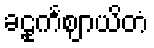
ခဠုင်္ကဈာယိတံ